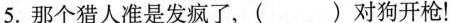
5.那个猎人准是发疯了，( )对狗开枪！